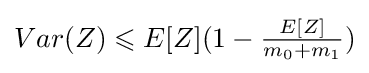
Var(Z)\leqslant E[Z](1-{\tfrac {E[Z]}{m_{0}+m_{1}}})